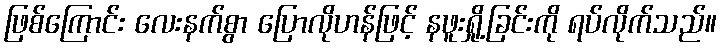
ဖြစ်ကြောင်း လေးနက်စွာ ပြောလိုဟန်ဖြင့် နဖူးရှို့ခြင်းကို ရပ်လိုက်သည်။